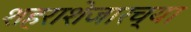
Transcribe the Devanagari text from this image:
शहराशेजारच्या